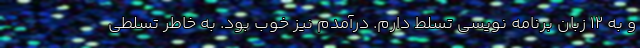
و به 12 زبان برنامه نویسی تسلط دارم. درآمدم نیز خوب بود. به خاطر تسلطی